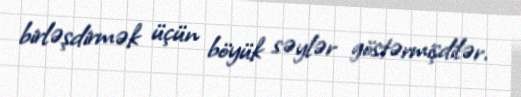
birləşdirmək üçün böyük səylər göstərmişdilər.